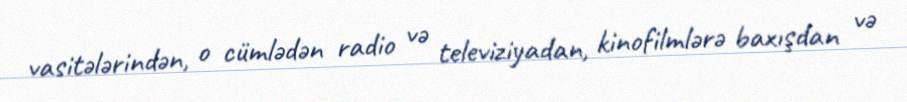
vasitələrindən, o cümlədən radio və televiziyadan, kinofilmlərə baxışdan və